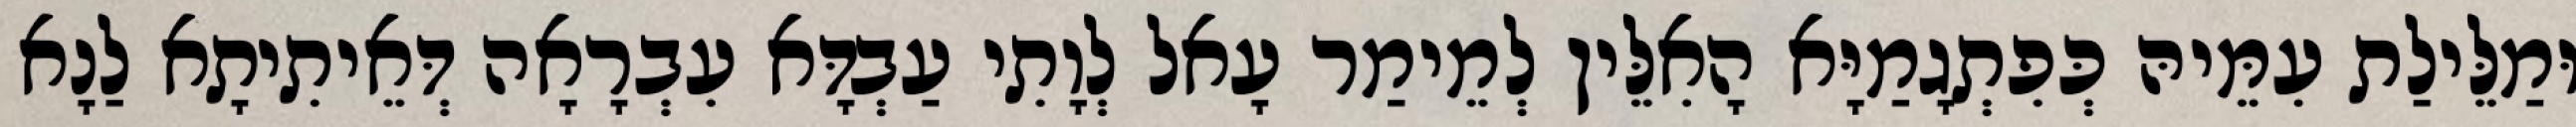
וּמַלֵּילַת עִמֵּיהּ כְּפִתְגָמַיָּא הָאִלֵּין לְמֵימַר עָאל לְוָתִי עַבְדָּא עִבְרָאָה דְּאֵיתִיתָא לַנָא